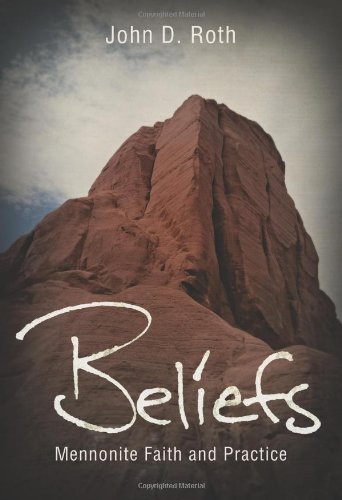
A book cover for Beliefs: Mennonite Faith and Practice; John D. Roth; Christian Books & Bibles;